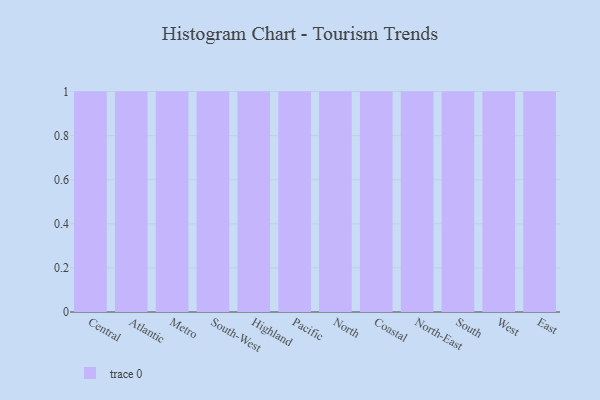
{"axis": {"x": "Region", "y": "Inventory Turnover"}, "legend": [""], "data": [{"x": "Central", "y": 7, "type": ""}, {"x": "Atlantic", "y": 21, "type": ""}, {"x": "Metro", "y": 23, "type": ""}, {"x": "South-West", "y": 9, "type": ""}, {"x": "Highland", "y": 89, "type": ""}, {"x": "Pacific", "y": 7, "type": ""}, {"x": "North", "y": 100, "type": ""}, {"x": "Coastal", "y": 59, "type": ""}, {"x": "North-East", "y": 37, "type": ""}, {"x": "South", "y": 52, "type": ""}, {"x": "West", "y": 67, "type": ""}, {"x": "East", "y": 63, "type": ""}]}